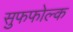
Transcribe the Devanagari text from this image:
सुफफोल्क